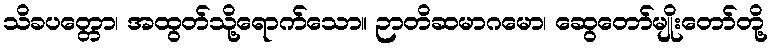
သိခပတ္တော၊ အထွတ်သို့ရောက်သော။ ဉာတိဆမာဂမော၊ ဆွေတော်မျိုးတော်တို့